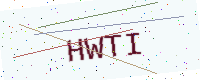
Text: HWTI